Indian journal of veterinary science and animal husbandry - Volumes 18-21, 1948-1951
Year: 1948
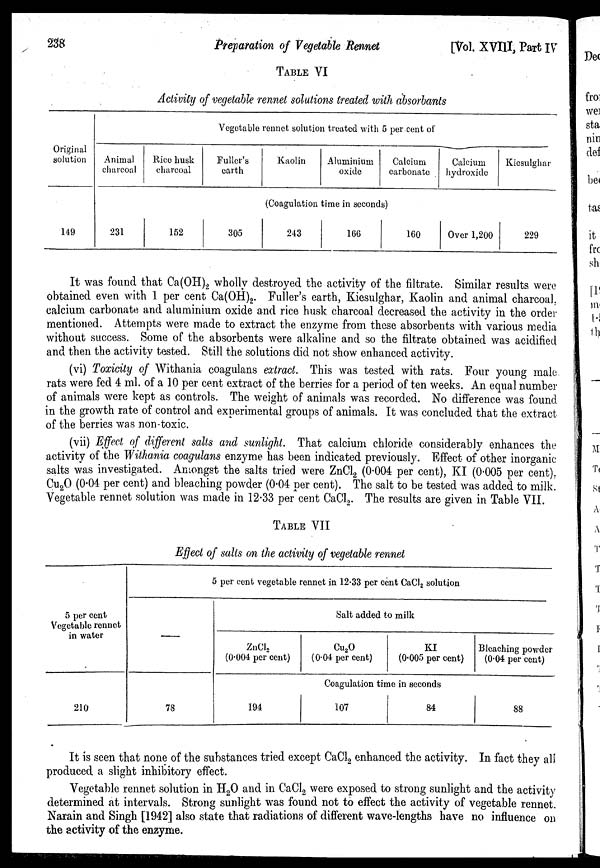
238
Preparation of Vegetable Rennet
[Vol. XVIII, Part IV
TABLE VI
Activity of vegetable rennet solutions treated with absorbants
Original
solution
149
Vegetable rennet solution treated with 5 per cent of
Animal
charcoal
231
Rice husk
charcoal
152
Fuller's
earth
305
Kaolin
Aluminium
oxide
Calcium
carbonate
(Coagulation time in seconds)
243
166
160
Calcium
hydroxide
Over 1,200
Kiesulghar
229
It was found that Ca(OH) 2 wholly destroyed the activity of the filtrate. Similar results were
obtained even with 1 per cent Ca(OH) 2 . Fuller's earth, Kiesulghar, Kaolin and animal charcoal,
calcium carbonate and aluminium oxide and rice husk charcoal decreased the activity in the order
mentioned. Attempts were made to extract the enzyme from these absorbents with various media
without success. Some of the absorbents were alkaline and so the filtrate obtained was acidified
and then the activity tested. Still the solutions did not show enhanced activity.
(vi) Toxicity of Withania coagulans extract. This was tested with rats. Four young male
rats were fed 4 ml. of a 10 per cent extract of the berries for a period of ten weeks. An equal number
of animals were kept as controls. The weight of animals was recorded. No difference was found
in the growth rate of control and experimental groups of animals. It was concluded that the extract
of the berries was non-toxic.
(vii) Effect of different salts and sunlight. That calcium chloride considerably enhances the
activity of the Withania coagulans enzyme has been indicated previously. Effect of other inorganic
salts was investigated. Amongst the salts tried were ZnCl 2 (0.004 per cent), KI (0.005 per cent).
Cu 2 O (0.04 per cent) and bleaching powder (0.04 per cent). The salt to be tested was added to milk.
Vegetable rennet solution was made in 12.33 per cent CaCl 2 . The results are given in Table VII.
TABLE VII
Effect of salts on the activity of vegetable rennet
5 per cent
Vegetable rennet
in water
210
5 per cent vegetable rennet in 12.33 per cent CaCl 2 solution
—
78
ZnCl 2
(0.004 per cent)
194
Salt added to milk
Cu 2 O
(0.04 per cent)
KI
(0.005 per cent)
Coagulation time in seconds
107
84
Bleaching powder
(0.04 per cent)
88
It is seen that none of the substances tried except CaCl 2 enhanced the activity. In fact they all
produced a slight inhibitory effect.
Vegetable rennet solution in H 2 O and in CaCl 2 were exposed to strong sunlight and the activity
determined at intervals. Strong sunlight was found not to effect the activity of vegetable rennet.
Narain and Singh [1942] also state that radiations of different wave-lengths have no influence on
the activity of the enzyme.